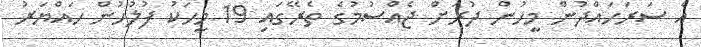
އެ ސަރަހައްދުން މީހުން ދުރަށް ޖެއްސުމުގެ ތެރޭގައި 19 މީހަކު ފުލުހުން ހައްޔަރު